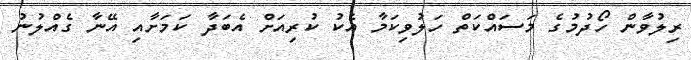
ރިލުވާން ހޯދުމުގެ މަސައްކަތް ހަލުވިކަމާ އެކު ކުރިއަށް އެބަދާ ކަމަށާއި އޭނާ ގެއްލުނު